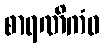
စာရဏိကံဝ